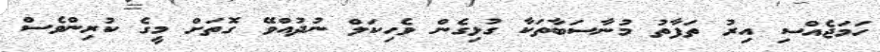
ހަމަޖެއްސި އިރު ތަފާތު މުނާސަބާތަކާ ގުޅިގެން ވެހިކަލް ނުދުއްވޭ ގޮތަށް މީގެ ކުރިންވެސް